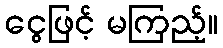
ငွေဖြင့် မကြည့်။